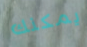
يمكنك